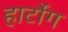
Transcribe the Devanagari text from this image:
हार्टोग